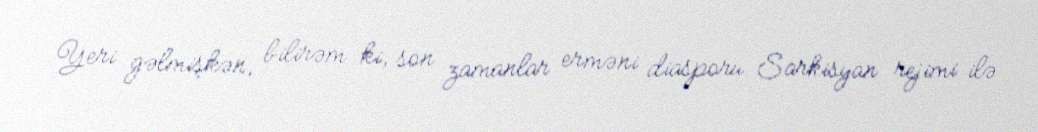
Yeri gəlmişkən, bilirəm ki, son zamanlar erməni diasporu Sarkisyan rejimi ilə